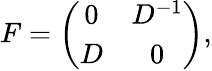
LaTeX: F=\left(\begin{array}{cc}{{0}}&{{D^{-1}}}\\ {{D}}&{{0}}\end{array}\right),